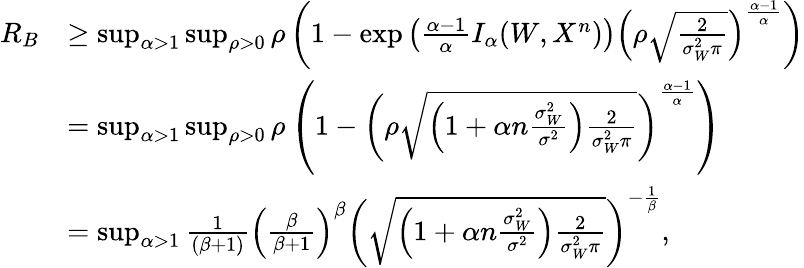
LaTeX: \begin{array}{rl}{R_{B}}&{\geq\operatorname*{sup}_{\alpha>1}\operatorname*{sup}_{\rho>0}\rho\left(1-\exp\left(\frac{\alpha-1}{\alpha}I_{\alpha}(W,X^{n})\right)\left(\rho\sqrt{\frac{2}{\sigma_{W}^{2}\pi}}\right)^{\frac{\alpha-1}{\alpha}}\right)}\\ &{=\operatorname*{sup}_{\alpha>1}\operatorname*{sup}_{\rho>0}\rho\left(1-\left(\rho\sqrt{\left(1+\alpha n\frac{\sigma_{W}^{2}}{\sigma^{2}}\right)\frac{2}{\sigma_{W}^{2}\pi}}\right)^{\frac{\alpha-1}{\alpha}}\right)}\\ &{=\operatorname*{sup}_{\alpha>1}\frac{1}{(\beta+1)}\left(\frac{\beta}{\beta+1}\right)^{\beta}\left(\sqrt{\left(1+\alpha n\frac{\sigma_{W}^{2}}{\sigma^{2}}\right)\frac{2}{\sigma_{W}^{2}\pi}}\right)^{-\frac{1}{\beta}},}\end{array}